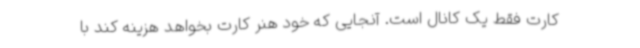
کارت فقط یک کانال است. آنجایی که خود هنر کارت بخواهد هزینه کند با